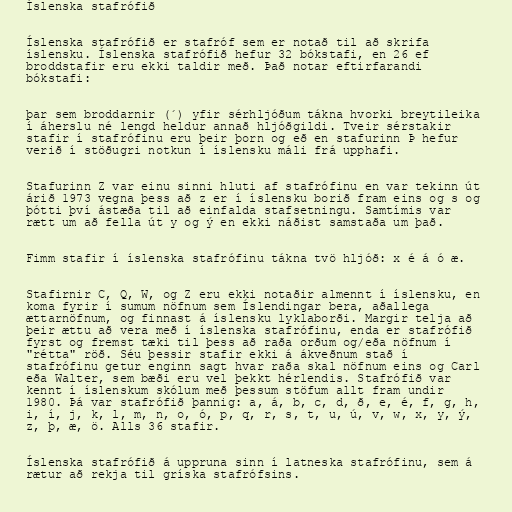
Íslenska stafrófið

Íslenska stafrófið er stafróf sem er notað til að skrifa
íslensku. Íslenska stafrófið hefur 32 bókstafi, en 26 ef
broddstafir eru ekki taldir með. Það notar eftirfarandi
bókstafi:

þar sem broddarnir (´) yfir sérhljóðum tákna hvorki breytileika
í áherslu né lengd heldur annað hljóðgildi. Tveir sérstakir
stafir í stafrófinu eru þeir þorn og eð en stafurinn Þ hefur
verið í stöðugri notkun í íslensku máli frá upphafi.

Stafurinn Z var einu sinni hluti af stafrófinu en var tekinn út
árið 1973 vegna þess að z er í íslensku borið fram eins og s og
þótti því ástæða til að einfalda stafsetningu. Samtímis var
rætt um að fella út y og ý en ekki náðist samstaða um það.

Fimm stafir í íslenska stafrófinu tákna tvö hljóð: x é á ó æ.

Stafirnir C, Q, W, og Z eru ekki notaðir almennt í íslensku, en
koma fyrir í sumum nöfnum sem Íslendingar bera, aðallega
ættarnöfnum, og finnast á íslensku lyklaborði. Margir telja að
þeir ættu að vera með í íslenska stafrófinu, enda er stafrófið
fyrst og fremst tæki til þess að raða orðum og/eða nöfnum í
"rétta" röð. Séu þessir stafir ekki á ákveðnum stað í
stafrófinu getur enginn sagt hvar raða skal nöfnum eins og Carl
eða Walter, sem bæði eru vel þekkt hérlendis. Stafrófið var
kennt í íslenskum skólum með þessum stöfum allt fram undir
1980. Þá var stafrófið þannig: a, á, b, c, d, ð, e, é, f, g, h,
i, í, j, k, l, m, n, o, ó, p, q, r, s, t, u, ú, v, w, x, y, ý,
z, þ, æ, ö. Alls 36 stafir.

Íslenska stafrófið á uppruna sinn í latneska stafrófinu, sem á
rætur að rekja til gríska stafrófsins.